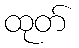
ထုတ်